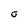
Character: O